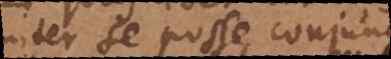
inter se posse conjungi.